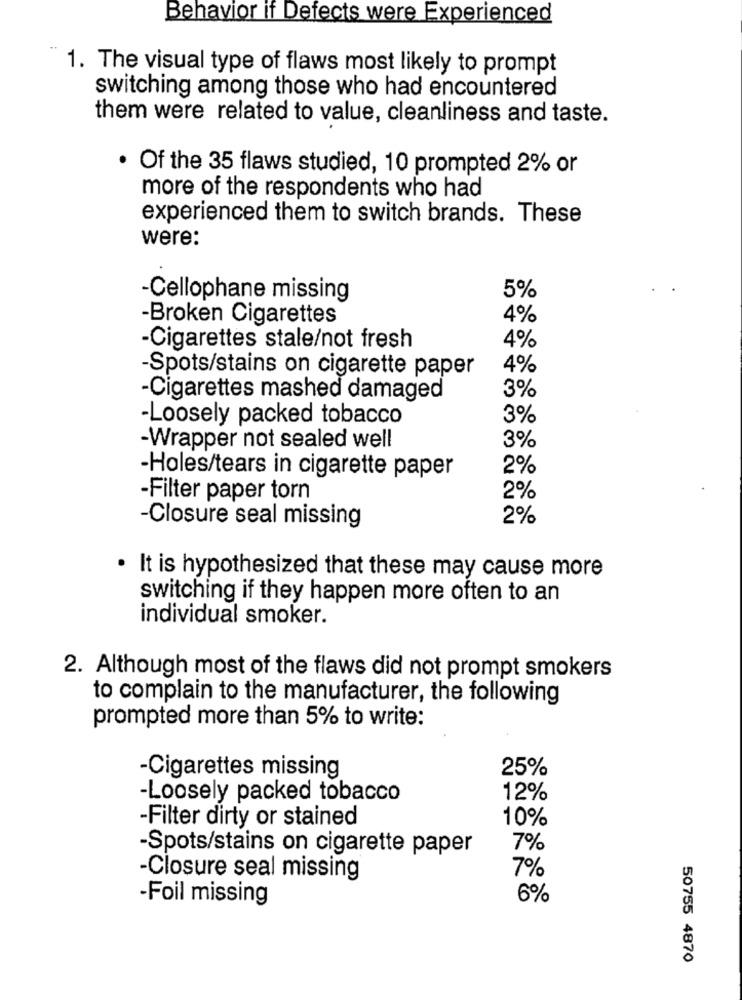
Behavior if Defects were Experienced
1. The visual type of flaws most likely to prompt
switching among those who had encountered
them were related to value, cleanliness and taste.
· Of the 35 flaws studied, 10 prompted 2% or
more of the respondents who had
experienced them to switch brands. These
were:
-Cellophane missing
5%
-Broken Cigarettes
4%
-Cigarettes stale/not fresh
4%
-Spots/stains on cigarette paper
4%
3%
-Cigarettes mashed damaged
-Loosely packed tobacco
3%
3%
-Wrapper not sealed well
2%
-Holes/tears in cigarette paper
-Filter paper torn
2%
-Closure seal missing
2%
It is hypothesized that these may cause more
switching if they happen more often to an
individual smoker.
2. Although most of the flaws did not prompt smokers
to complain to the manufacturer, the following
prompted more than 5% to write:
25%
-Cigarettes missing
-Loosely packed tobacco
12%
-Filter dirty or stained
10%
-Spots/stains on cigarette paper
7%
7%
-Closure seal missing
-Foil missing
6%
50755 4870